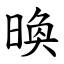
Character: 㬇